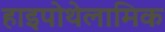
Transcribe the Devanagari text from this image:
हाइपोथेलामिक